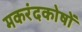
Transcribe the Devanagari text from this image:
मकरंदकोषों